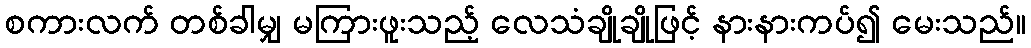
စကားလက် တစ်ခါမျှ မကြားဖူးသည့် လေသံချိုချိုဖြင့် နားနားကပ်၍ မေးသည်။